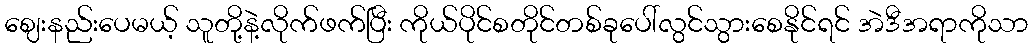
ဈေးနည်းပေမယ့် သူတို့နဲ့လိုက်ဖက်ပြီး ကိုယ်ပိုင်စတိုင်တစ်ခုပေါ်လွင်သွားစေနိုင်ရင် အဲဒီအရာကိုသာ